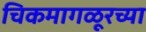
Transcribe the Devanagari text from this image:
चिकमागळूरच्या